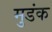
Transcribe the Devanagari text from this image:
मुडंक